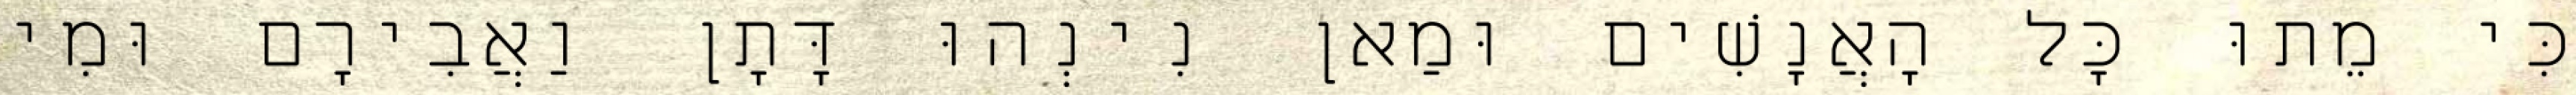
כִּי מֵתוּ כׇּל הָאֲנָשִׁים וּמַאן נִינְהוּ דָּתָן וַאֲבִירָם וּמִי